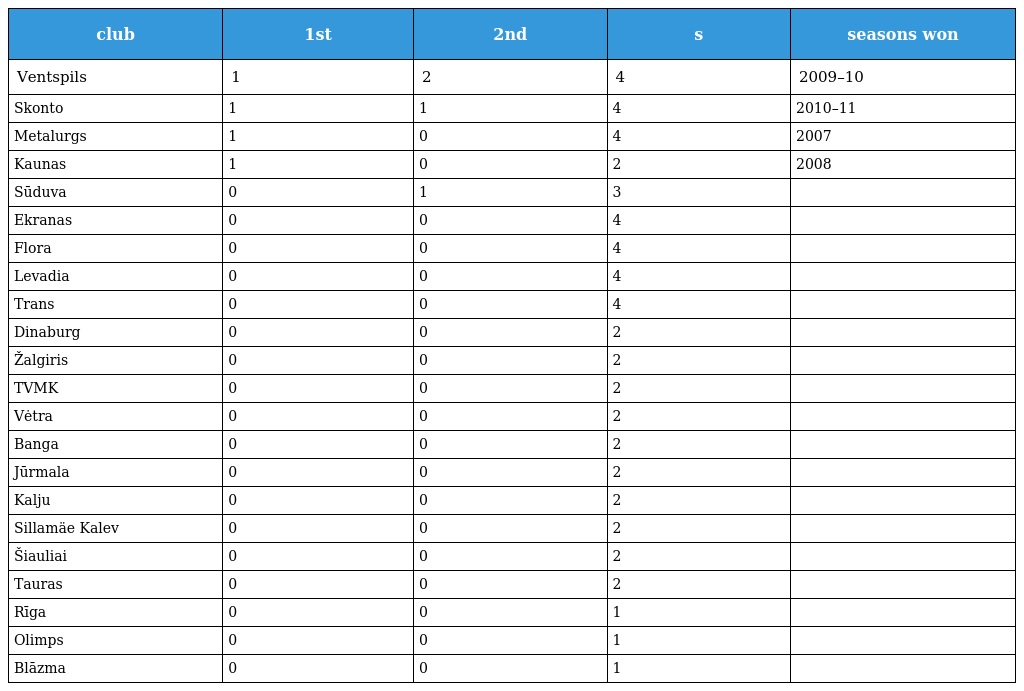
| club | 1st | 2nd | s | seasons won |
 | --- | --- | --- | --- | --- |
 | Ventspils | 1 | 2 | 4 | 2009–10 |
 | Skonto | 1 | 1 | 4 | 2010–11 |
 | Metalurgs | 1 | 0 | 4 | 2007 |
 | Kaunas | 1 | 0 | 2 | 2008 |
 | Sūduva | 0 | 1 | 3 |  |
 | Ekranas | 0 | 0 | 4 |  |
 | Flora | 0 | 0 | 4 |  |
 | Levadia | 0 | 0 | 4 |  |
 | Trans | 0 | 0 | 4 |  |
 | Dinaburg | 0 | 0 | 2 |  |
 | Žalgiris | 0 | 0 | 2 |  |
 | TVMK | 0 | 0 | 2 |  |
 | Vėtra | 0 | 0 | 2 |  |
 | Banga | 0 | 0 | 2 |  |
 | Jūrmala | 0 | 0 | 2 |  |
 | Kalju | 0 | 0 | 2 |  |
 | Sillamäe Kalev | 0 | 0 | 2 |  |
 | Šiauliai | 0 | 0 | 2 |  |
 | Tauras | 0 | 0 | 2 |  |
 | Rīga | 0 | 0 | 1 |  |
 | Olimps | 0 | 0 | 1 |  |
 | Blāzma | 0 | 0 | 1 |  |